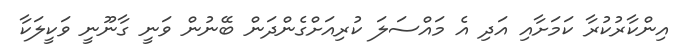
އިންކާރުކުރާ ކަމަށާއި އަދި އެ މައްސަލަ ކުރިއަށްގެންދަން ބޭނުން ވަނީ ގާނޫނީ ވަކީލަކާ